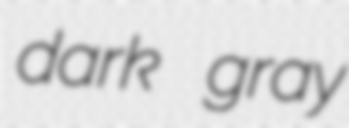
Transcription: dark gray